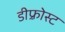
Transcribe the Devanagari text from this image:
डीफ़्रोस्ट